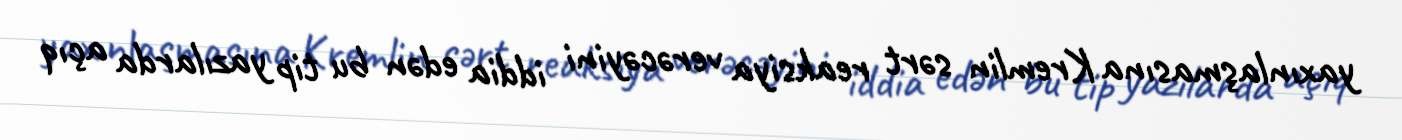
yaxınlaşmasına Kremlin sərt reaksiya verəcəyini iddia edən bu tip yazılarda açıq